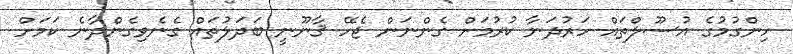
ހިންގުމުގެ އުސޫލްތައް ހަރުދަނާ ކުރުމަށް ގެންނަން ޖެހޭ ޤާނޫނީ ބަދަލުތައް ގެނެވިގެންދާނެ ކަމަށް